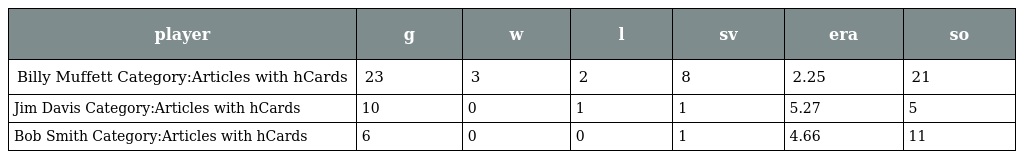
| player | g | w | l | sv | era | so |
 | --- | --- | --- | --- | --- | --- | --- |
 | Billy Muffett Category:Articles with hCards | 23 | 3 | 2 | 8 | 2.25 | 21 |
 | Jim Davis Category:Articles with hCards | 10 | 0 | 1 | 1 | 5.27 | 5 |
 | Bob Smith Category:Articles with hCards | 6 | 0 | 0 | 1 | 4.66 | 11 |